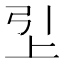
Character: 𬻏